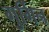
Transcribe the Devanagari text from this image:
गुर्गिन